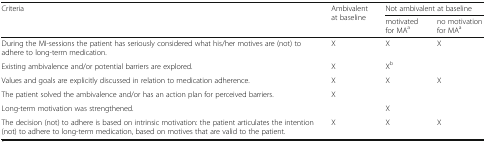
<table><thead><tr><td rowspan="2"><b>Criteria</b></td><td rowspan="2"><b>Ambivalent at baseline</b></td><td colspan="2"><b>Not ambivalent at baseline</b></td></tr><tr><td><b>motivated for MA<sup>a</sup></b></td><td><b>no motivation for MA<sup>a</sup></b></td></tr></thead><tbody><tr><td>During the MI-sessions the patient has seriously considered what his/her motives are (not) to adhere to long-term medication.</td><td>X</td><td>X</td><td>X</td></tr><tr><td>Existing ambivalence and/or potential barriers are explored.</td><td>X</td><td>X<sup>b</sup></td><td></td></tr><tr><td>Values and goals are explicitly discussed in relation to medication adherence.</td><td>X</td><td>X</td><td>X</td></tr><tr><td>The patient solved the ambivalence and/or has an action plan for perceived barriers.</td><td>X</td><td></td><td></td></tr><tr><td>Long-term motivation was strengthened.</td><td></td><td>X</td><td></td></tr><tr><td>The decision (not) to adhere is based on intrinsic motivation: the patient articulates the intention (not) to adhere to long-term medication, based on motives that are valid to the patient.</td><td>X</td><td>X</td><td>X</td></tr></tbody></table>